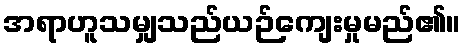
အရာဟူသမျှသည်ယဉ်ကျေးမှုမည်၏။